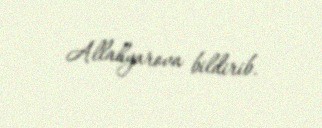
Allahyarova bildirib.